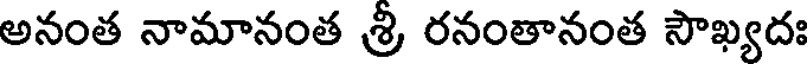
అనంత నామానంత శ్రీ రనంతానంత సౌఖ్యదః